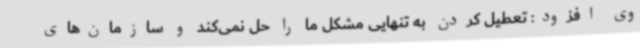
وی افزود: تعطیل کردن به تنهایی مشکل ما را حل نمی‌کند و سازمان‌های